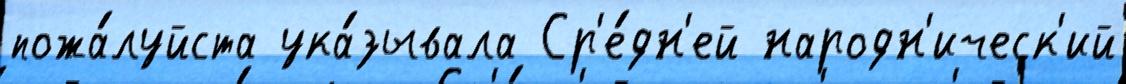
пожа́луйста ука́зывала Ср'е́дн'ей народн'ическ'ий